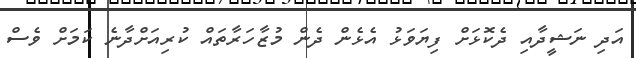
އަދި ނަޝީދާއި ދެކޮޅަށް ފިޔަވަޅު އެޅެން ދެން މުޒާހަރާތައް ކުރިއަށްދާނެ ކަމަށް ވެސް